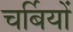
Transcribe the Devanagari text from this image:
चर्बियों